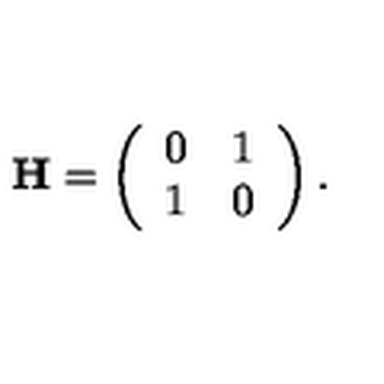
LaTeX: { \bf H } = \left( \begin{array} { c c } { 0 } & { 1 } \\ { 1 } & { 0 } \\ \end{array} \right) .